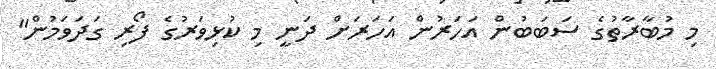
މި މުބާރާތުގެ ސަބަބުން އަހަރުން އަހަރަށް ދަނީ މި ކުޅިވަރުގެ ފޯރި ގަދަވަމުން"